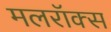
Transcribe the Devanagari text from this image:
मलरॉक्स